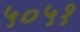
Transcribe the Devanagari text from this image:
५०५१